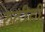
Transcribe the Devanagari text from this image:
रुढीही